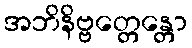
အဘိနိဗ္ဗတ္တေန္တော